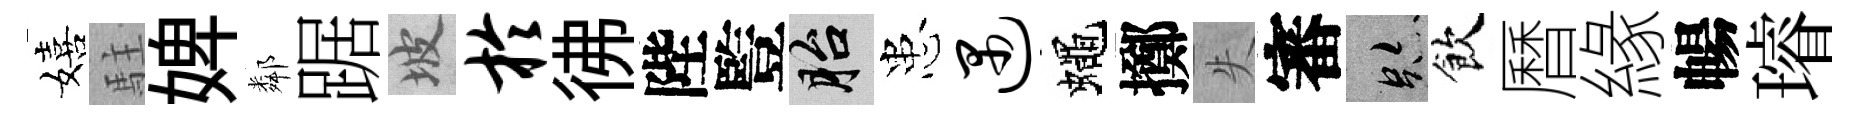
嬉駐婢鄰踞坡於彿陛䜿胎患遇蠅擲失審跡飲曆緣暢璿